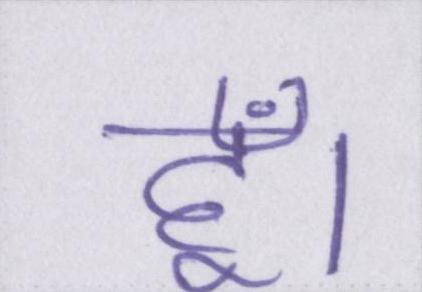
हूँ।